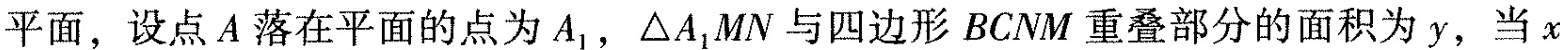
平面，设点A落在平面的点为A_{1}，△A1MN与四边形BCNM重叠部分的面积为y，当x